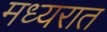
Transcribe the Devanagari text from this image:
मध्यरात